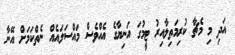
އަދި މި މެޗާ ކުރިމަތިލާއިރު ޓީމުގަ އަނިޔާގެ އެއްވެސް މައްސަލައެއް ނެތްކަމަށް އޭނާ